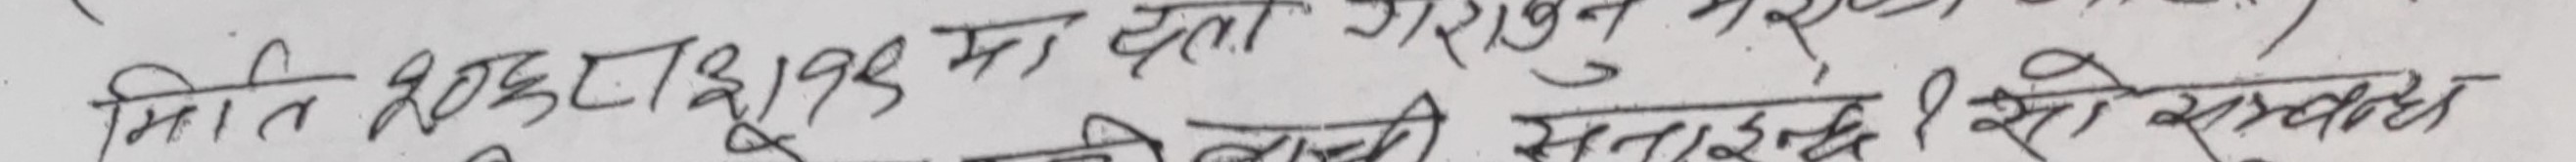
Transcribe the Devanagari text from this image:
मिति २०६८।३।१६ गते करारून सरहन सतारूद से सम्बध